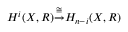
H ^ { i } ( X , R ) { \stackrel { \cong } { \to } } H _ { n - i } ( X , R )